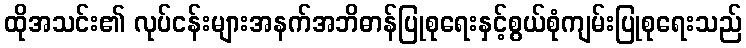
ထိုအသင်း၏ လုပ်ငန်းများအနက်အဘိဓာန်ပြုစုရေးနှင့်စွယ်စုံကျမ်းပြုစုရေးသည်